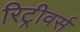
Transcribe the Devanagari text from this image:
रिट्रीवर्स